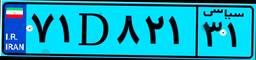
۴۴D۹۸۱۸۸